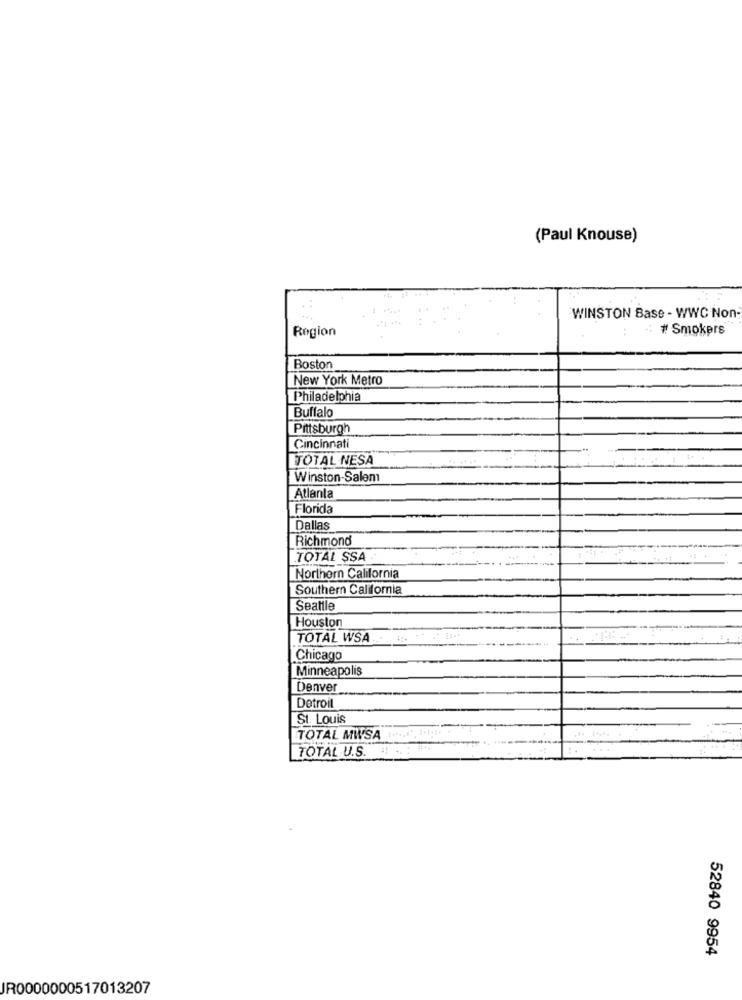
(Paul Knouse)
WINSTON Base - WWC Non
Region
: # Smokers
Boston
New York Metro
Philadelphia
Buffalo
Pittsburgh
Cincinnati
TOTAL NESA
Winston-Salem
Atlanta
Florida
Dallas
Richmond
TOTAL SSA
Northern California
Southern California
Seattle
Houston
TOTAL WSA
Chicago
Minneapolis
Denver
Detroit
St. Louis
TOTAL MWSA
TOTAL U.S.
4
52840 9954
JR0000000517013207